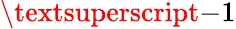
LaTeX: \textsuperscript{-1}